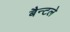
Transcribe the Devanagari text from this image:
बैन्टले